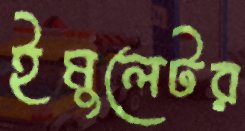
ইমুলেটর